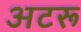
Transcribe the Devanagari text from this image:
अटरू